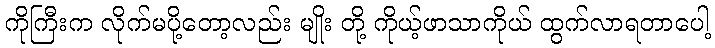
ကိုကြီးက လိုက်မပို့တော့လည်း မျိုး တို့ ကိုယ့်ဖာသာကိုယ် ထွက်လာရတာပေါ့